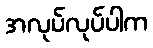
အလုပ်လုပ်ပါက